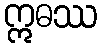
ဣဓဿ